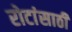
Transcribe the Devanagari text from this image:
रोटांसाठी